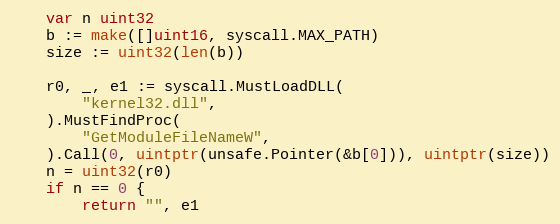
Language: Go
	var n uint32
	b := make([]uint16, syscall.MAX_PATH)
	size := uint32(len(b))

	r0, _, e1 := syscall.MustLoadDLL(
		"kernel32.dll",
	).MustFindProc(
		"GetModuleFileNameW",
	).Call(0, uintptr(unsafe.Pointer(&b[0])), uintptr(size))
	n = uint32(r0)
	if n == 0 {
		return "", e1